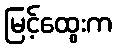
မြင့်ထွေးက